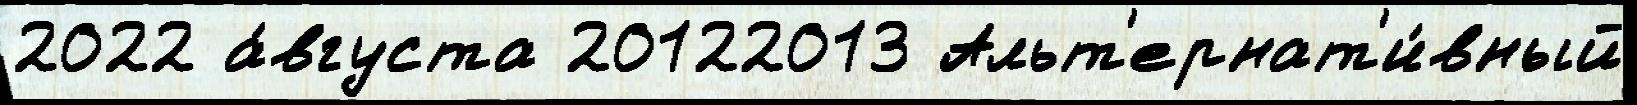
2022 а́вгуста 20122013 Альт'ернат'и́вный